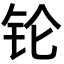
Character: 𬬭